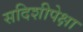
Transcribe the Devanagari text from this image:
सदिशीपेक्षा